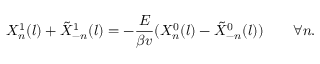
X _ { n } ^ { 1 } ( l ) + \tilde { X } _ { - n } ^ { 1 } ( l ) = - \frac { E } { \beta v } ( X _ { n } ^ { 0 } ( l ) - \tilde { X } _ { - n } ^ { 0 } ( l ) ) \quad \quad \forall n .